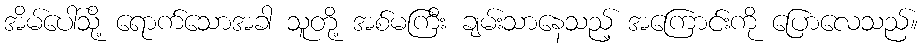
အိမ်ပေါ်သို့ ရောက်သောအခါ သူတို့ အစ်မကြီး ချမ်းသာနေသည့် အကြောင်းကို ပြောလေသည်။